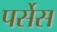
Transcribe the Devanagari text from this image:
पर्सेस